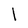
Character: l